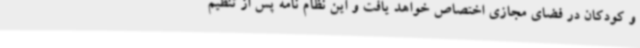
و کودکان در فضای مجازی اختصاص خواهد یافت و این نظام نامه پس از تنظیم